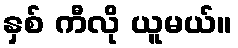
နှစ် ကီလို ယူမယ်။